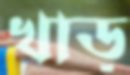
খাড়